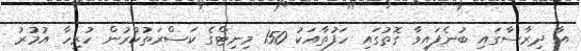
އާ ދިރާސާގައި ބުނެފައިވާ ގޮތުގައި ހަފުތާއަކު 150 މިނިޓްގެ ކަސްރަތުކުރުން ހުރިހާ އުމުރު